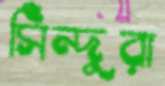
সিঁন্দুরা